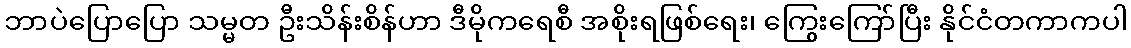
ဘာပဲပြောပြော သမ္မတ ဦးသိန်းစိန်ဟာ ဒီမိုကရေစီ အစိုးရဖြစ်ရေး၊ ကြွေးကြော်ပြီး နိုင်ငံတကာကပါ